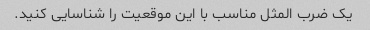
یک ضرب المثل مناسب با این موقعیت را شناسایی کنید.